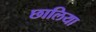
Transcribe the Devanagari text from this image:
छालिया